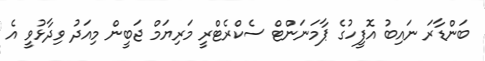
ބަންޑާރަ ނައިބު އޮފީހުގެ ޕާމަނަންޓް ސެކްރެޓްރީ މަރިޔަމް ޖަބީން މިއަދު ވިދާޅުވީ އެ